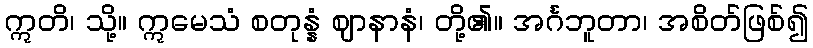
ဣတိ၊ သို့။ ဣမေသံ စတုန္နံ ဈာနာနံ၊ တို့၏။ အင်္ဂဘူတာ၊ အစိတ်ဖြစ်၍